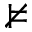
\nvDash